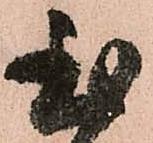
至